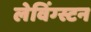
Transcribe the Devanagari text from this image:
लेविंग्स्टन